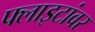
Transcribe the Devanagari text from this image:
फ्लाइटांवर